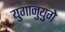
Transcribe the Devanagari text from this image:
युगानुयुगे